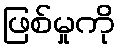
ဖြစ်မှုကို